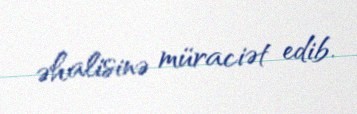
əhalisinə müraciət edib.